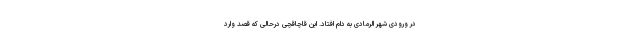
در ورودی شهر الرمادی به دام افتاد. این قاچاقچی درحالی که قصد وارد